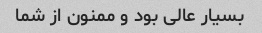
بسیار عالی بود و ممنون از شما